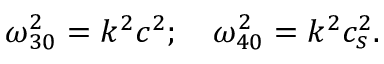
\omega _ { 3 0 } ^ { 2 } = k ^ { 2 } c ^ { 2 } ; \quad \omega _ { 4 0 } ^ { 2 } = { k ^ { 2 } c _ { s } ^ { 2 } } .